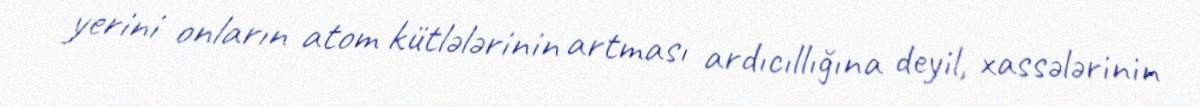
yerini onların atom kütlələrinin artması ardıcıllığına deyil, xassələrinin